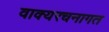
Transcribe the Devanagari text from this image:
वाक्यरचनागत